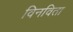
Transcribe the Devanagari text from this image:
विनविता